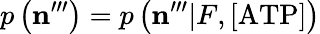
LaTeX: p\left(\mathbf{n}^{\prime\prime\prime}\right)=p\left(\mathbf{n}^{\prime\prime\prime}|F,\mathrm{[ATP]}\right)